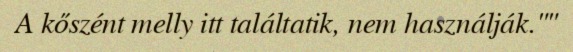
A kőszént melly itt találtatik, nem használják.""